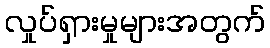
လှုပ်ရှားမှုများအတွက်